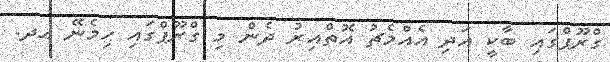
ގްރޫޕްގައި ބާކީ އަދި އެއްމެޗު އޮތްއިރު ދެން މި ގްރޫޕްގައި ހިމެނޭ އދ.